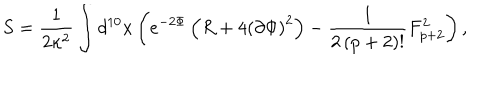
LaTeX: S = \frac { 1 } { 2 \kappa ^ { 2 } } \int d ^ { 1 0 } x \left( e ^ { - 2 \Phi } \left( R + 4 \left( \partial \Phi \right) ^ { 2 } \right) - \frac { 1 } { 2 \left( p + 2 \right) ! } F _ { p + 2 } ^ { 2 } \right) ,